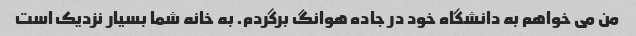
من می خواهم به دانشگاه خود در جاده هوانگ برگردم. به خانه شما بسیار نزدیک است